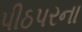
પીઠપરના